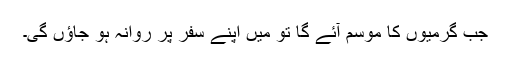
جب گرمیوں کا موسم آئے گا تو میں اپنے سفر پر روانہ ہو جاؤں گی۔